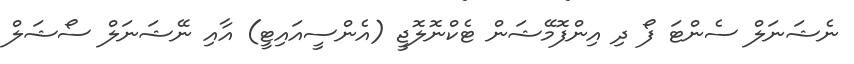
ނެޝަނަލް ސެންޓަ ފޯ ދި އިންފޮމޭޝަން ޓެކްނޮލޮޖީ (އެންސީއައިޓީ) އާއި ނޭޝަނަލް ސޯޝަލް